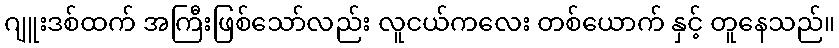
ဂျူးဒစ်ထက် အကြီးဖြစ်သော်လည်း လူငယ်ကလေး တစ်ယောက် နှင့် တူနေသည်။